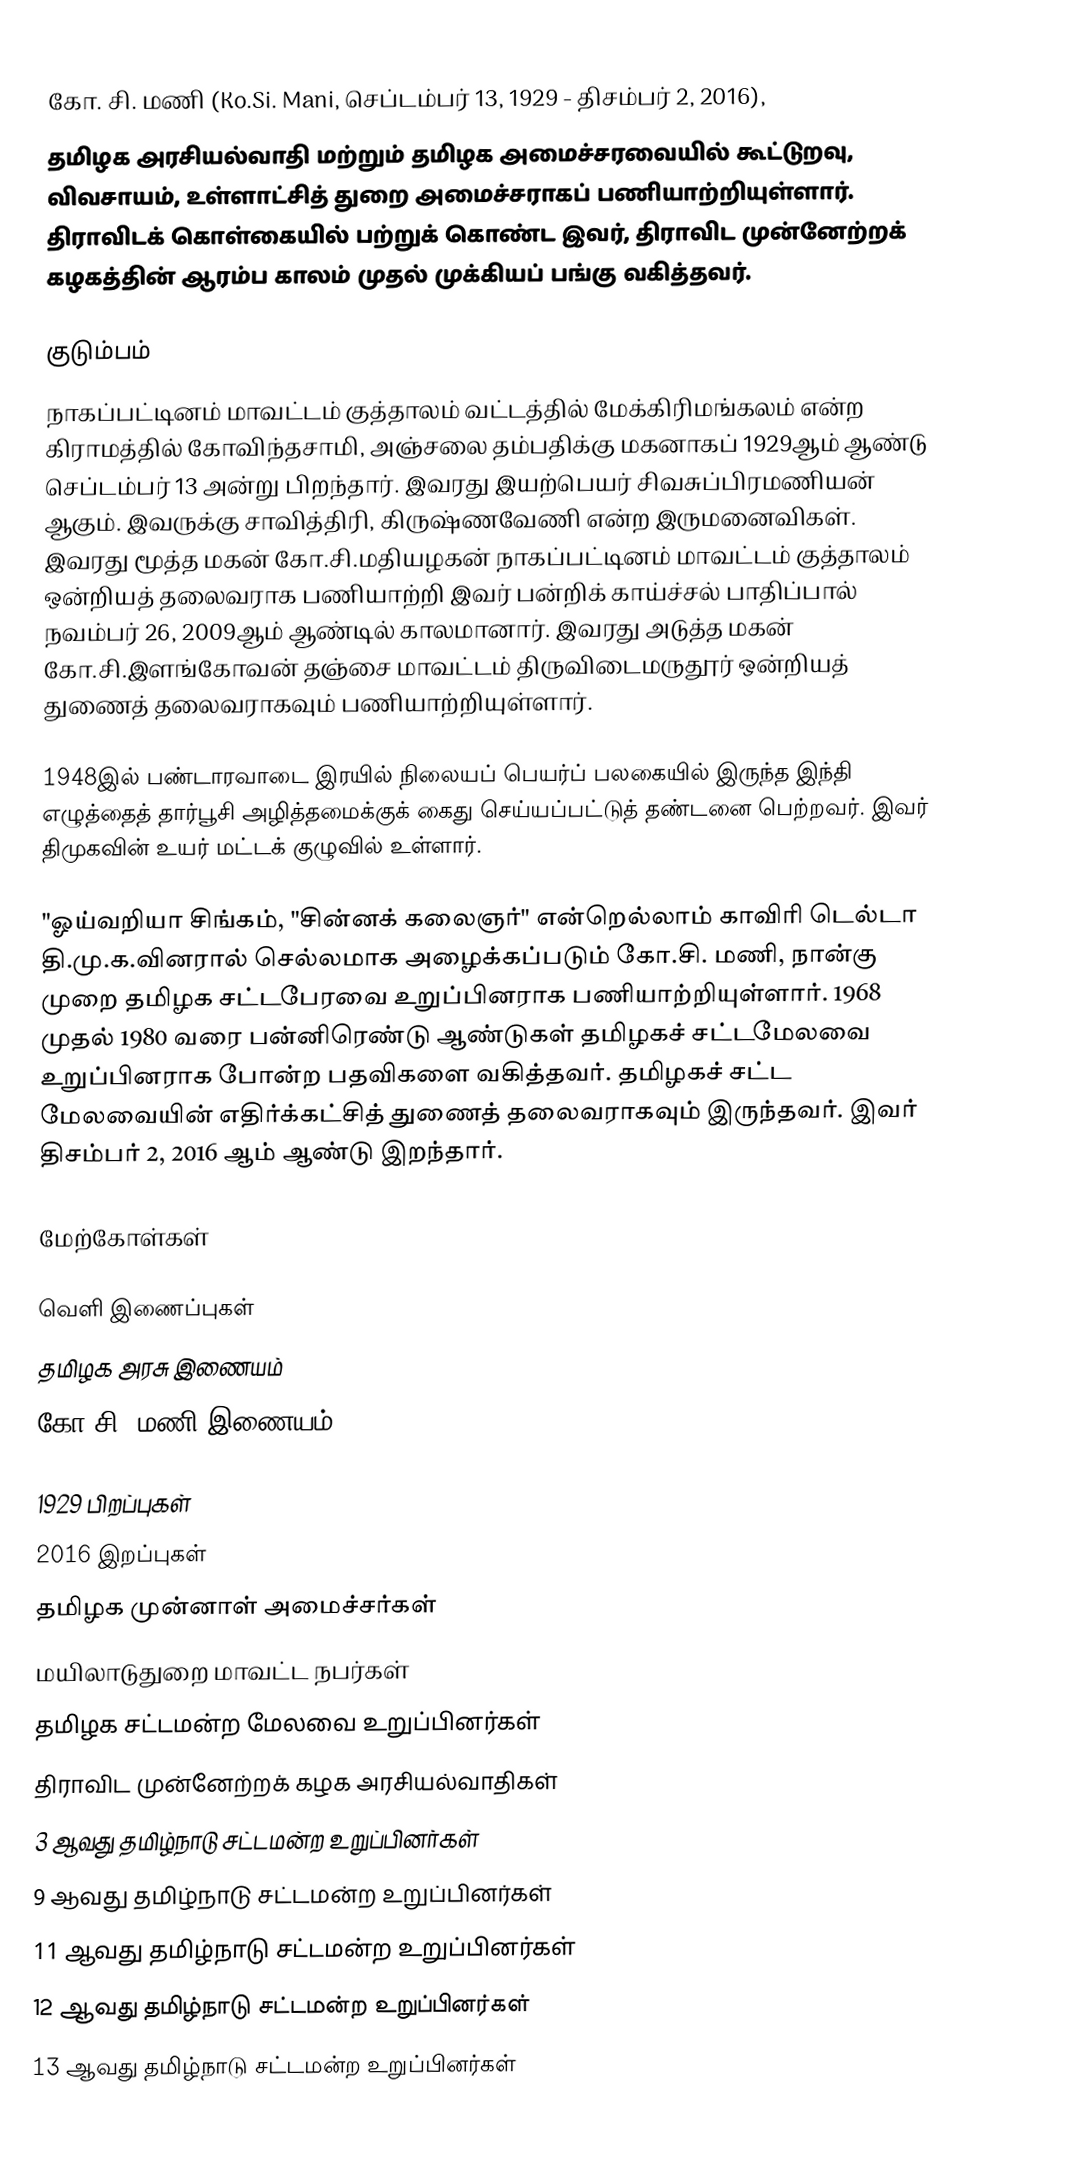
கோ. சி. மணி (Ko.Si. Mani, செப்டம்பர் 13, 1929 - திசம்பர் 2, 2016),
தமிழக அரசியல்வாதி மற்றும்  தமிழக அமைச்சரவையில் கூட்டுறவு, விவசாயம், உள்ளாட்சித் துறை அமைச்சராகப் பணியாற்றியுள்ளார். திராவிடக் கொள்கையில் பற்றுக் கொண்ட இவர், திராவிட முன்னேற்றக் கழகத்தின் ஆரம்ப காலம் முதல் முக்கியப் பங்கு வகித்தவர்.

குடும்பம்
நாகப்பட்டினம் மாவட்டம்  குத்தாலம் வட்டத்தில் மேக்கிரிமங்கலம் என்ற கிராமத்தில் கோவிந்தசாமி, அஞ்சலை தம்பதிக்கு மகனாகப்   1929ஆம் ஆண்டு செப்டம்பர் 13 அன்று பிறந்தார். இவரது இயற்பெயர் சிவசுப்பிரமணியன் ஆகும். இவருக்கு சாவித்திரி, கிருஷ்ணவேணி என்ற இருமனைவிகள். இவரது மூத்த மகன் கோ.சி.மதியழகன் நாகப்பட்டினம் மாவட்டம் குத்தாலம் ஒன்றியத் தலைவராக பணியாற்றி இவர் பன்றிக் காய்ச்சல் பாதிப்பால் நவம்பர் 26, 2009ஆம் ஆண்டில் காலமானார்.  இவரது அடுத்த மகன் கோ.சி.இளங்கோவன் தஞ்சை மாவட்டம் திருவிடைமருதூர் ஒன்றியத் துணைத் தலைவராகவும் பணியாற்றியுள்ளார்.

1948இல் பண்டாரவாடை இரயில் நிலையப் பெயர்ப் பலகையில் இருந்த இந்தி எழுத்தைத் தார்பூசி அழித்தமைக்குக் கைது செய்யப்பட்டுத் தண்டனை பெற்றவர். இவர் திமுகவின் உயர் மட்டக் குழுவில் உள்ளார்.

"ஓய்வறியா சிங்கம், "சின்னக் கலைஞர்" என்றெல்லாம் காவிரி டெல்டா தி.மு.க.வினரால் செல்லமாக அழைக்கப்படும் கோ.சி. மணி, நான்கு முறை தமிழக சட்டபேரவை உறுப்பினராக பணியாற்றியுள்ளார். 1968 முதல் 1980 வரை பன்னிரெண்டு ஆண்டுகள் தமிழகச் சட்டமேலவை உறுப்பினராக போன்ற பதவிகளை வகித்தவர். தமிழகச் சட்ட மேலவையின் எதிர்க்கட்சித் துணைத் தலைவராகவும் இருந்தவர். இவர் திசம்பர் 2, 2016 ஆம் ஆண்டு இறந்தார்.

மேற்கோள்கள்

வெளி இணைப்புகள்
 தமிழக அரசு இணையம்
  கோ.சி. மணி இணையம்

1929 பிறப்புகள்
2016 இறப்புகள்
தமிழக முன்னாள் அமைச்சர்கள்
மயிலாடுதுறை மாவட்ட நபர்கள்
தமிழக சட்டமன்ற மேலவை உறுப்பினர்கள்
திராவிட முன்னேற்றக் கழக அரசியல்வாதிகள்
3 ஆவது தமிழ்நாடு சட்டமன்ற உறுப்பினர்கள்
9 ஆவது தமிழ்நாடு சட்டமன்ற உறுப்பினர்கள்
11 ஆவது தமிழ்நாடு சட்டமன்ற உறுப்பினர்கள்
12 ஆவது தமிழ்நாடு சட்டமன்ற உறுப்பினர்கள்
13 ஆவது தமிழ்நாடு சட்டமன்ற உறுப்பினர்கள்